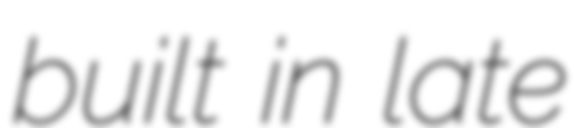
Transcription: built in late